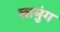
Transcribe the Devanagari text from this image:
लामुंग